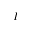
I